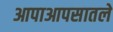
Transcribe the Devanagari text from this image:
आपाआपसातले